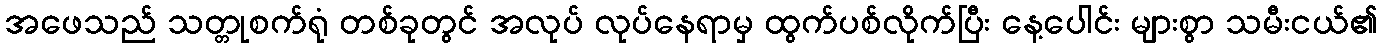
အဖေသည် သတ္တုစက်ရုံ တစ်ခုတွင် အလုပ် လုပ်နေရာမှ ထွက်ပစ်လိုက်ပြီး နေ့ပေါင်း များစွာ သမီးငယ်၏